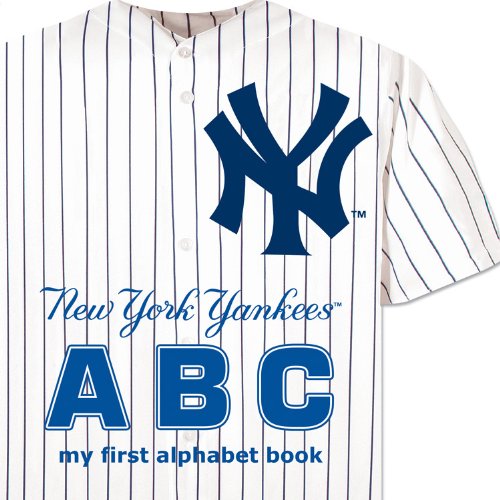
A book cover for New York Yankees ABC my first alphabet book; Brad M. Epstein; Children's Books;